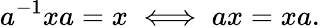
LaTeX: a^{-1}xa=x\iff ax=xa.